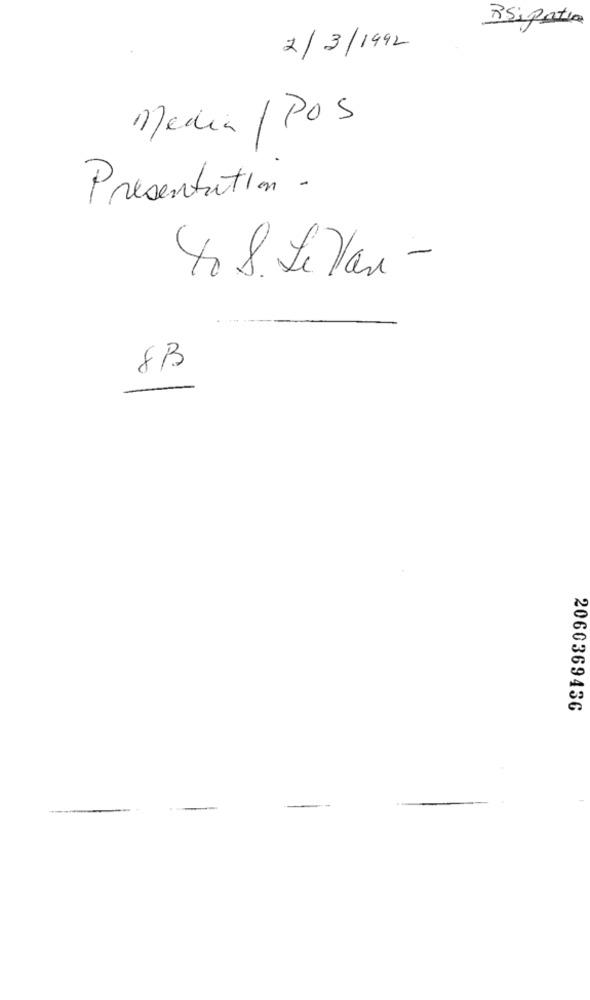
Rsipatio
2/3/1992
Media / POS
Presentation .
4. 8. Le Van -
8B
2060369436